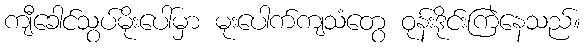
ကျီခေါင်သွပ်မိုးပေါ်မှာ မုးပေါက်ကျသံတွေ ဝုန်းဒိုင်းကြဲနေသည်။